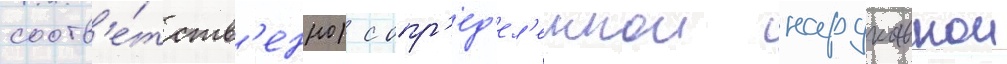
соотв'е́тств'енно) с опр'ед'ел'еннои нарукавнои